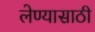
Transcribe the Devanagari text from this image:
लेण्यासाठी